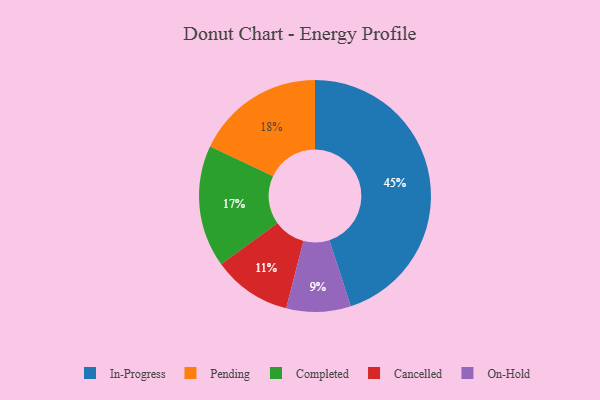
{"axis": {"x": "Category", "y": "Percentage"}, "legend": ["Cancelled", "Completed", "In-Progress", "On-Hold", "Pending"], "data": [{"x": "Completed", "y": 17, "type": "Completed"}, {"x": "Cancelled", "y": 11, "type": "Cancelled"}, {"x": "On-Hold", "y": 9, "type": "On-Hold"}, {"x": "Pending", "y": 18, "type": "Pending"}, {"x": "In-Progress", "y": 45, "type": "In-Progress"}]}